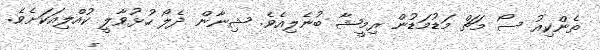
ތެންކިއު ސޯ މަޗް މަޑުމަޑުން ރިމީޝާ ބުނެލިއެވެ. ޝިނާން ދެލޯ ހުޅުވާލީ ކުއްލިއަކަށެވެ.